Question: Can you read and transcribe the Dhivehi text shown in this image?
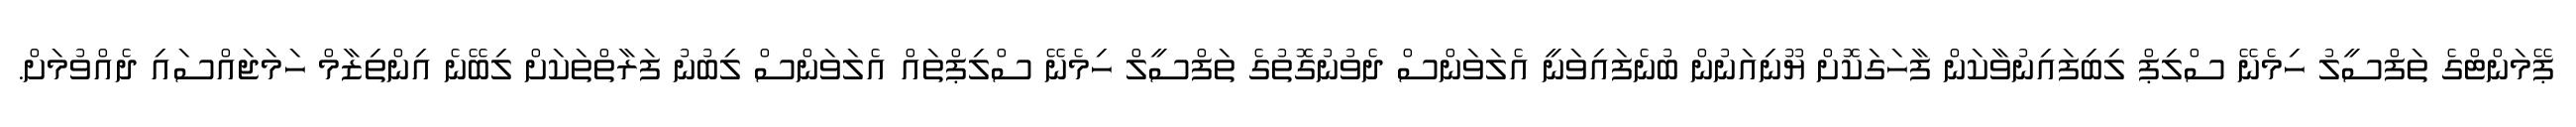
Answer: ޕޭމަންޓްގެ ތަފްސީލު ހިމެނޭ ސްލިޕް ލިބިފައިނުވާކަން ފާހަގަކޮށް ޔޫނިއަނުން ބުނެފައިވަނީ އެލަވަންސް ދެވުނުގޮތުގެ ތަފްސީލް ހިމެނޭ ސްލިޕްތައް އެލަވަންސް ލިބުނު ފަރާތްތަކަށް ލިބޭނެ އިންތިޒާމް ހަމަޖައްސައި ދެއްވުމަށް.